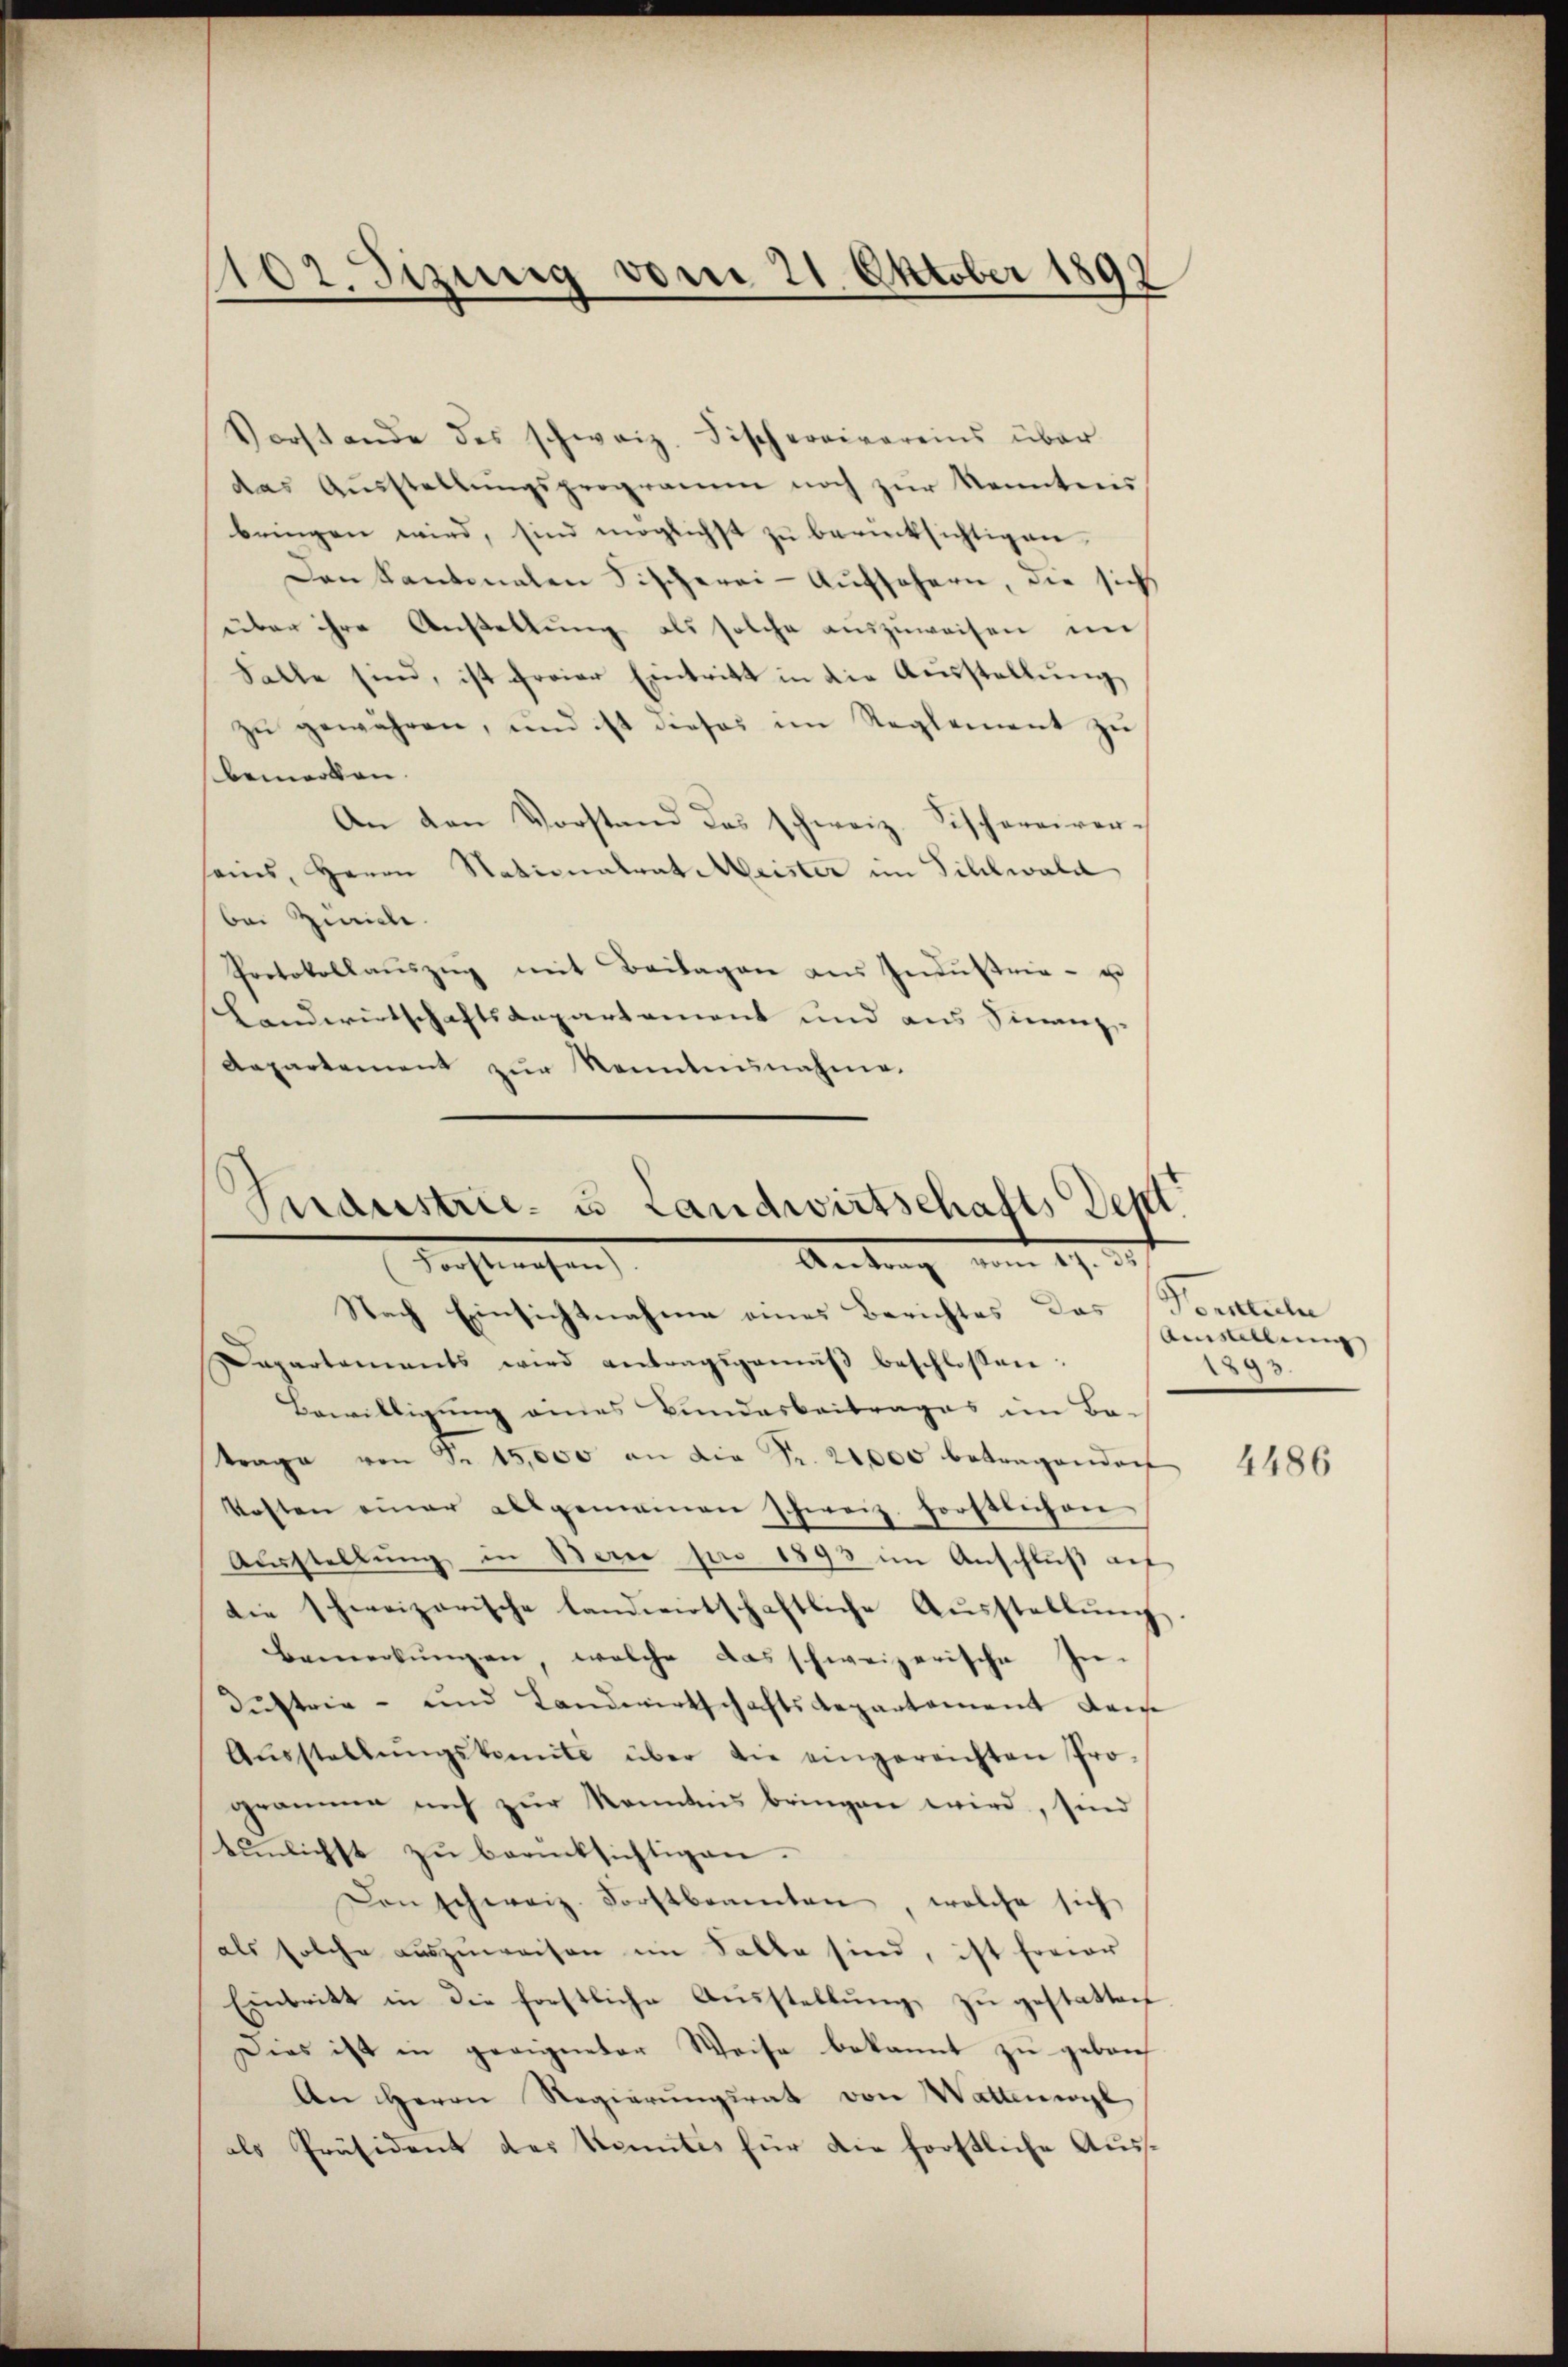
102. Sizung vom 21. Oktober 1899

Vorstande des schweiz. Fischereivereins über
das Aŭsstellŭngsprogramm noch zŭr Kenntnis
bringen wird, sind möglichst zu berücksichtigen.
Den Kantonalen Fischerei- Aufsehern, die sich
über ihre Anstellung als solche auszuweisen un
Falle sind, ist freier Eintritt in die Aŭsstellŭng
zu gewähren, und ist dieses im Reglement zu
bemerken.
An den Vorstand das schweiz. Fischereiver-
seins, Herrn Nationalrat Meister im Sihlwald
bei Zürich.
Protokollaŭszŭg mit Beilagen aus Indŭstrie- u
Landwirtschaftsdepartement und aus Finanz-
Aepartement zŭr Kenntnisnahme.
Knaustrie- u Landwirtschafts Sept.

Antrag vom 19. d.
.

Nach Einsichtnahme eines Berichtes das Fortliche
Dapartements wird antragsgemäβ beschlossen:
Bewilligung eines Bundesbeitrages im Ba-
trage von Fr. 15,000 an die Fr. 20,000 betragendorf
kosten einer allgemeinen schweiz. forstlichen
Aŭsstellŭng in Bern pro 1893 im Anschluß auf
die schweizerische landwirtschaftliche Aŭsstellŭng.
bemerkŭngen, welche das schweizerische In-
dustrie - und Landwirtschaftsdepartement dem
Aŭsstellŭngskomite über die eingereichten Pro-
gramme auch zŭr Kenntnis bringen wird, sind
tŭnlichst zŭ berücksichtigen.
Den schweiz. Forstbrannten, welche sich
als solche auszuweisen im Falle sind, ist freier
Einbritt in die forstliche Ausstellung zu gestatten
Dies ist in geeigneter Weise bekannt zu geben
An Herrn Regierŭngsrat von Wattenwyl
als Präsident des Kenntes für die förstliche Aus¬

Amstellung
9

4486